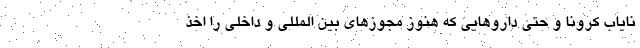
نایاب کرونا و حتی داروهایی که هنوز مجوزهای بین المللی و داخلی را اخذ